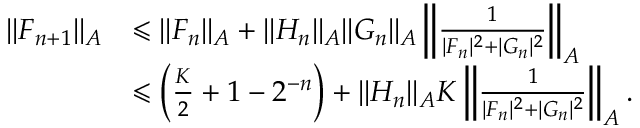
\begin{array} { r l } { \| F _ { n + 1 } \| _ { A } } & { \leqslant \| F _ { n } \| _ { A } + \| H _ { n } \| _ { A } \| G _ { n } \| _ { A } \left\| \frac { 1 } { | F _ { n } | ^ { 2 } + | G _ { n } | ^ { 2 } } \right\| _ { A } } \\ & { \leqslant \left( \frac { K } { 2 } + 1 - 2 ^ { - n } \right) + \| H _ { n } \| _ { A } K \left\| \frac { 1 } { | F _ { n } | ^ { 2 } + | G _ { n } | ^ { 2 } } \right\| _ { A } . } \end{array}